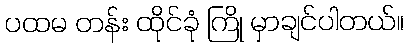
ပထမ တန်း ထိုင်ခုံ ကြို မှာချင်ပါတယ်။